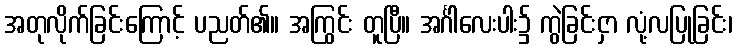
အတုလိုက်ခြင်းကြောင့် ပညတ်၏။ အကြွင်း တူပြီ။ အင်္ဂါလေးပါး၌ ကွဲခြင်းငှာ လုံ့လပြုခြင်း၊